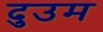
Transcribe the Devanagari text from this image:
दुउम